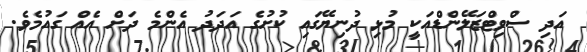
އަދި ސްވިޓްޒަލޭންޑްއަކީ މުޅި ދުނިޔޭގައި ކުށުގެ އަދަދު އެންމެ ދަށް އެއް ގައުމެވެ.